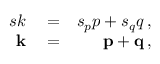
\begin{array} { r l r } { s k } & { { } = } & { s _ { p } p + s _ { q } q \, , } \\ { { \bf k } } & { { } = } & { { \bf p } + { \bf q } \, , } \end{array}